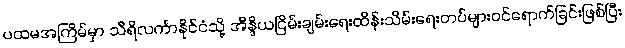
ပထမအကြိမ်မှာ သီရိလင်္ကာနိုင်ငံသို့ အိန္ဒိယငြိမ်းချမ်းရေးထိန်းသိမ်းရေးတပ်များဝင်ရောက်ခြင်းဖြစ်ပြီး